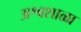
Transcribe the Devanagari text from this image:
अश्वशाळा